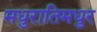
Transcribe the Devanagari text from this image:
मधुरातिमधुर